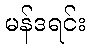
မန်ဒရင်း